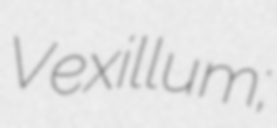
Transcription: Vexillum;